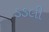
ડડલી